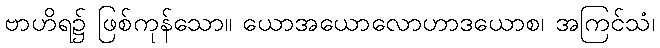
ဗာဟိရ၌ ဖြစ်ကုန်သော။ ယောအယောလောဟာဒယောစ၊ အကြင်သံ၊